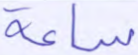
ساعة